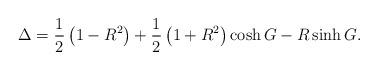
LaTeX: \begin{align*}\Delta = \frac{1}{2}\left( 1 - R^2 \right) + \frac{1}{2} \left( 1 + R^2 \right) \cosh G - R \sinh G.\end{align*}